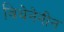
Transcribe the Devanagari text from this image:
विथेनेनीन